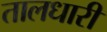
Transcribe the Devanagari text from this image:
तालधारी